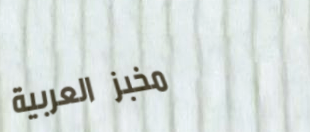
مخبز العربية